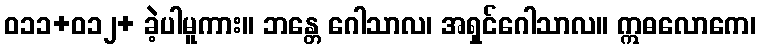
ဝ၁၁+ဝ၁၂+ ခဲ့ပါမူကား။ ဘန္တေ ဂေါသာလ၊ အရှင်ဂေါသာလ။ ဣဓလောကေ၊